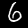
Digit: 6